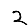
Digit: 2